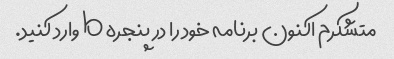
متشکرم اکنون برنامه خود را در پنجره b وارد کنید.